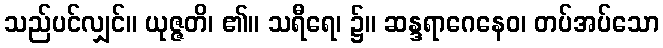
သည်ပင်လျှင်။ ယုဇ္ဇတိ၊ ၏။ သရီရေ၊ ၌။ ဆန္ဒရာဂေနေဝ၊ တပ်အပ်သော